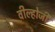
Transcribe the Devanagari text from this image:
वील्होजी